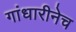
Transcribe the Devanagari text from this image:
गांधारीनेच